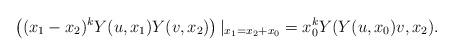
LaTeX: \begin{align*}\left((x_1-x_2)^{k}Y(u,x_1)Y(v,x_2)\right)|_{x_1=x_2+x_0}=x_0^{k}Y(Y(u,x_0)v,x_2).\end{align*}